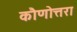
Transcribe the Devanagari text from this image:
कौणोत्तरा